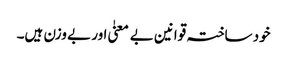
خود ساختہ قوانین بے معنیٰ اور بے وزن ہیں۔